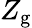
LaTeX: Z_{\mathrm{g}}